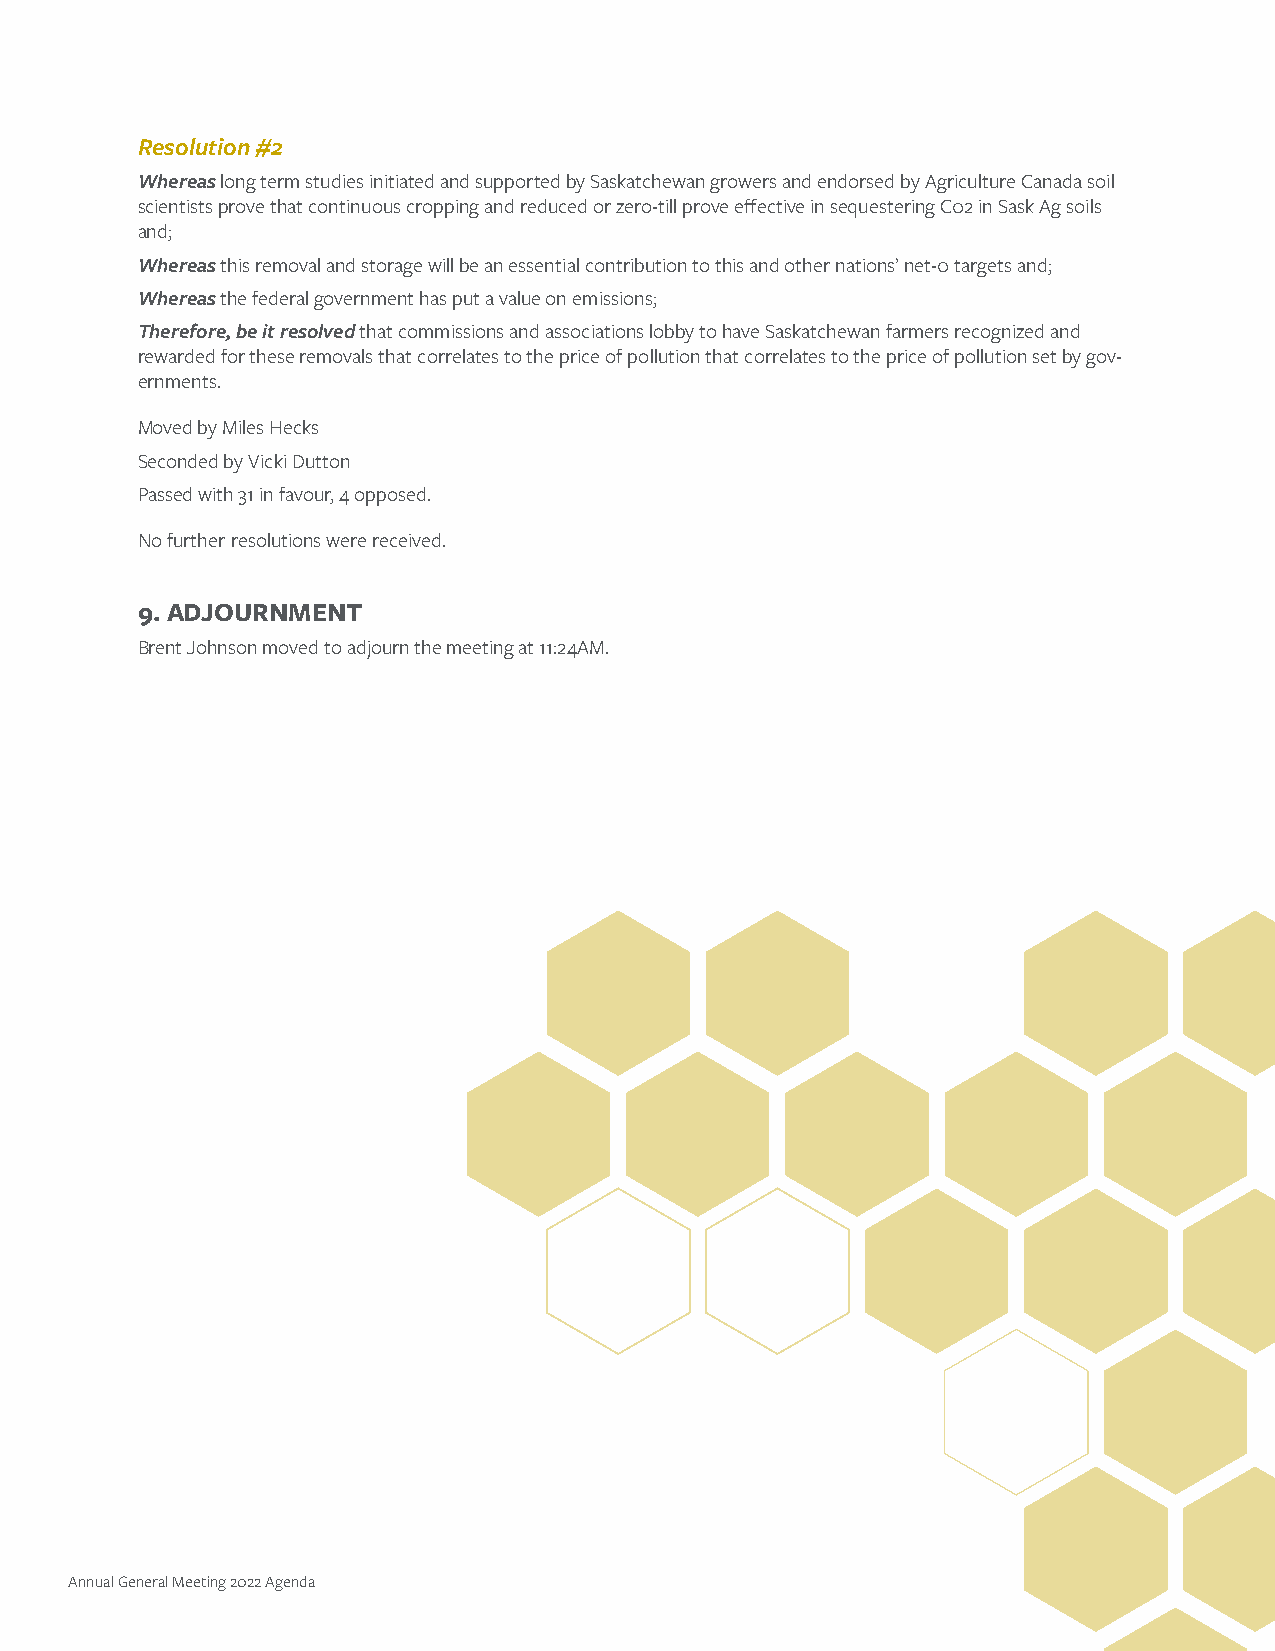
Resolution #2
 Whereas long term studies initiated and supported by Saskatchewan growers and endorsed by Agriculture Canada soil
 scientists prove that continuous cropping and reduced or zero-till prove effective in sequestering C02 in Sask Ag soils
 and;
 Whereas this removal and storage will be an essential contribution to this and other nations’ net-0 targets and;
 Whereas the federal government has put a value on emissions;
 Therefore, be it resolved that commissions and associations lobby to have Saskatchewan farmers recognized and
 rewarded for these removals that correlates to the price of pollution that correlates to the price of pollution set by gov-
 ernments.
 Moved by Miles Hecks
 Seconded by Vicki Dutton
 Passed with 31 in favour, 4 opposed.
 No further resolutions were received.
 9. ADJOURNMENT
 Brent Johnson moved to adjourn the meeting at 11:24AM.
 Annual General Meeting 2022 Agenda